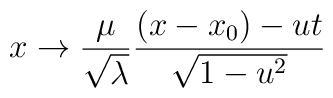
x\rightarrow \frac{\mu }{\sqrt{\lambda }}\frac{(x-x_{0})-ut}{\sqrt{1-u^{2}}}